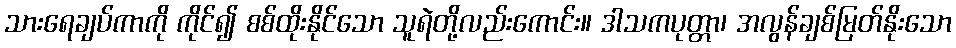
သားရေချပ်ကာကို ကိုင်၍ စစ်ထိုးနိုင်သော သူရဲတို့လည်းကောင်း။ ဒါသကပုတ္တာ၊ အလွန်ချစ်မြတ်နိုးသော